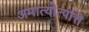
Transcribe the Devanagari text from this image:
अमात्योत्पत्ति